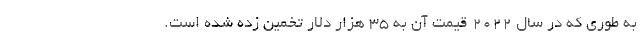
به طوری که در سال ۲۰۲۲ قیمت آن به ۳۵ هزار دلار تخمین زده شده است.